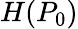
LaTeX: H(P_{0})